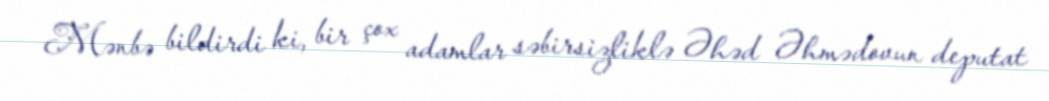
Mənbə bildirdi ki, bir çox adamlar səbirsizliklə Əhəd Əhmədovun deputat